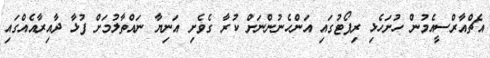
އެޗްއާރްސީއެމުން ހުށަހެޅި ރިޕޯޓުގައި އަންހެނުންނަށް ކުރާ ގެވެށި އަނިޔާ ނައްތާލުމަށް ފުޅާ ދާއިރާއެއްގައި